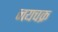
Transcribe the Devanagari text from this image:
नयचक्र